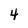
Character: 4